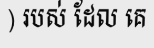
) របស់ ដែល គេ